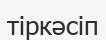
тіркәсіп